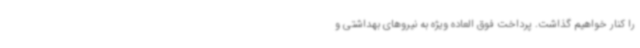
را کنار خواهیم گذاشت. پرداخت فوق العاده ویژه به نیروهای بهداشتی و